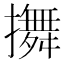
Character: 𢷵